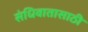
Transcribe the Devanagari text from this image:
संधिवातासाठी